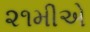
૨૧મીએ